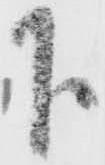
下